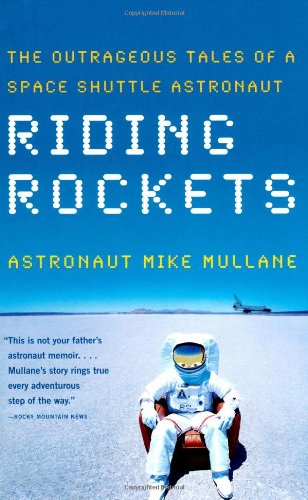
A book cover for Riding Rockets: The Outrageous Tales of a Space Shuttle Astronaut; Mike Mullane; Science & Math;